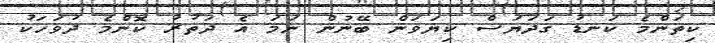
ކިތަންމެ ކަނޑު ގަދަޔަސް ކިޔަވަން ބޭނުން ނަމަ އެ ދަތުރު ކޮންމެ ދުވަހަކު